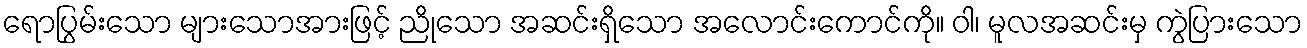
ရောပြွမ်းသော များသောအားဖြင့် ညိုသော အဆင်းရှိသော အလောင်းကောင်ကို။ ဝါ၊ မူလအဆင်းမှ ကွဲပြားသော